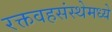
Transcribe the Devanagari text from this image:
रक्तवहसंस्थेमध्ये